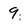
Character: 9